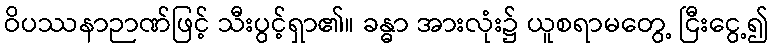
ဝိပဿနာဉာဏ်ဖြင့် သီးပွင့်ရှာ၏။ ခန္ဓာ အားလုံး၌ ယူစရာမတွေ့ ငြီးငွေ့၍